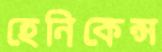
হেনিকেন্স